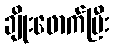
ချိုးဖောက်ပြီး